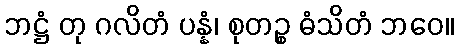
ဘဋ္ဌံ တု ဂလိတံ ပန္နံ၊ စုတဉ္စ ဓံသိတံ ဘဝေ။